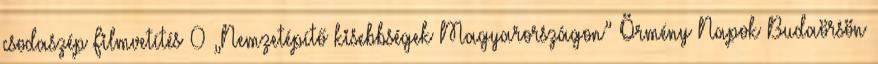
csodaszép Filmvetítés 0 „Nemzetépítő kisebbségek Magyarországon” Örmény Napok Budaörsön